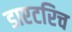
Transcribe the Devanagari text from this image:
डाएटरिच